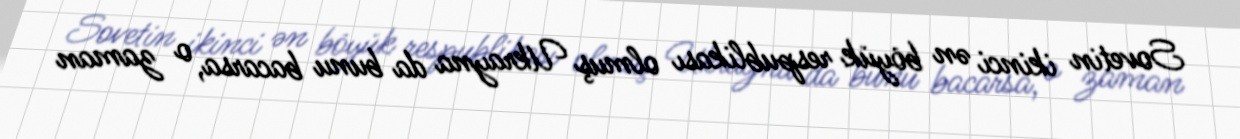
Sovetin ikinci ən böyük respublikası olmuş Ukrayna da bunu bacarsa, o zaman